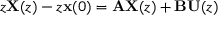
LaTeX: z \mathbf { X } ( z ) - z \mathbf { x } ( 0 ) = \mathbf { A } \mathbf { X } ( z ) + \mathbf { B } \mathbf { U } ( z )